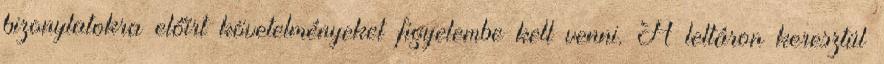
bizonylatokra előírt követelményeket figyelembe kell venni. A leltáron keresztül